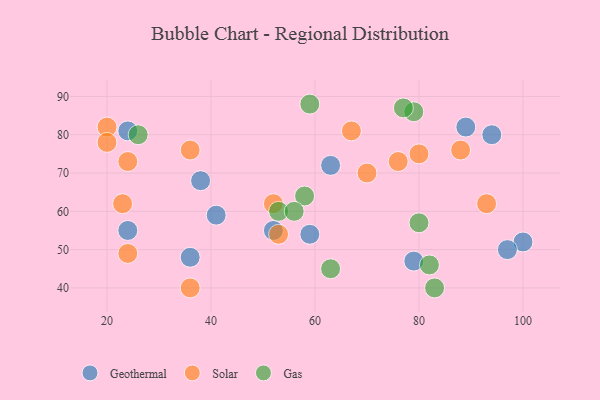
{"axis": {"x": "GDP", "y": "Life Expectancy"}, "legend": ["Gas", "Geothermal", "Solar"], "data": [{"x": "36", "y": 48, "type": "Geothermal"}, {"x": "38", "y": 68, "type": "Geothermal"}, {"x": "24", "y": 55, "type": "Geothermal"}, {"x": "52", "y": 55, "type": "Geothermal"}, {"x": "24", "y": 81, "type": "Geothermal"}, {"x": "79", "y": 47, "type": "Geothermal"}, {"x": "41", "y": 59, "type": "Geothermal"}, {"x": "59", "y": 54, "type": "Geothermal"}, {"x": "100", "y": 52, "type": "Geothermal"}, {"x": "94", "y": 80, "type": "Geothermal"}, {"x": "97", "y": 50, "type": "Geothermal"}, {"x": "89", "y": 82, "type": "Geothermal"}, {"x": "63", "y": 72, "type": "Geothermal"}, {"x": "80", "y": 75, "type": "Solar"}, {"x": "93", "y": 62, "type": "Solar"}, {"x": "53", "y": 54, "type": "Solar"}, {"x": "67", "y": 81, "type": "Solar"}, {"x": "36", "y": 76, "type": "Solar"}, {"x": "20", "y": 82, "type": "Solar"}, {"x": "23", "y": 62, "type": "Solar"}, {"x": "36", "y": 40, "type": "Solar"}, {"x": "24", "y": 73, "type": "Solar"}, {"x": "52", "y": 62, "type": "Solar"}, {"x": "70", "y": 70, "type": "Solar"}, {"x": "24", "y": 49, "type": "Solar"}, {"x": "76", "y": 73, "type": "Solar"}, {"x": "20", "y": 78, "type": "Solar"}, {"x": "88", "y": 76, "type": "Solar"}, {"x": "79", "y": 86, "type": "Gas"}, {"x": "59", "y": 88, "type": "Gas"}, {"x": "83", "y": 40, "type": "Gas"}, {"x": "58", "y": 64, "type": "Gas"}, {"x": "53", "y": 60, "type": "Gas"}, {"x": "63", "y": 45, "type": "Gas"}, {"x": "56", "y": 60, "type": "Gas"}, {"x": "26", "y": 80, "type": "Gas"}, {"x": "82", "y": 46, "type": "Gas"}, {"x": "80", "y": 57, "type": "Gas"}, {"x": "77", "y": 87, "type": "Gas"}]}